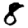
Digit: 8